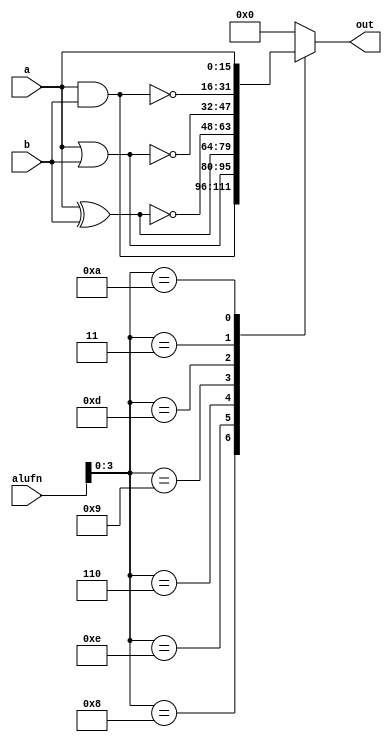
module boole_6 (
    input [15:0] a,
    input [15:0] b,
    input [5:0] alufn,
    output reg [15:0] out
  );
  
  
  
  always @* begin
    
    case (alufn[0+3-:4])
      4'h8: begin
        out = a & b;
      end
      4'he: begin
        out = a | b;
      end
      4'h6: begin
        out = a ^ b;
      end
      4'h9: begin
        out = ~(a ^ b);
      end
      4'hd: begin
        out = ~(a | b);
      end
      4'h3: begin
        out = ~(a & b);
      end
      4'ha: begin
        out = a;
      end
      default: begin
        out = 16'h0000;
      end
    endcase
  end
endmodule